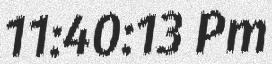
11:40:13 Pm